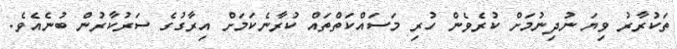
ތަކުރާރު ވިޔަ ނުދިނުމަށް ކުރެވެން ހުރި މަސައްކަތްތައް ކުރާނެކަމަށް އިރާގުގެ ސަރުކާރުން ބުނެއެެވެ.